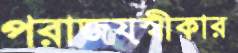
পরাজয়স্বীকার